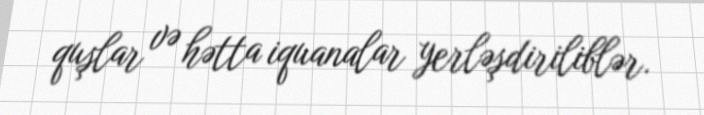
quşlar və hətta iquanalar yerləşdiriliblər.